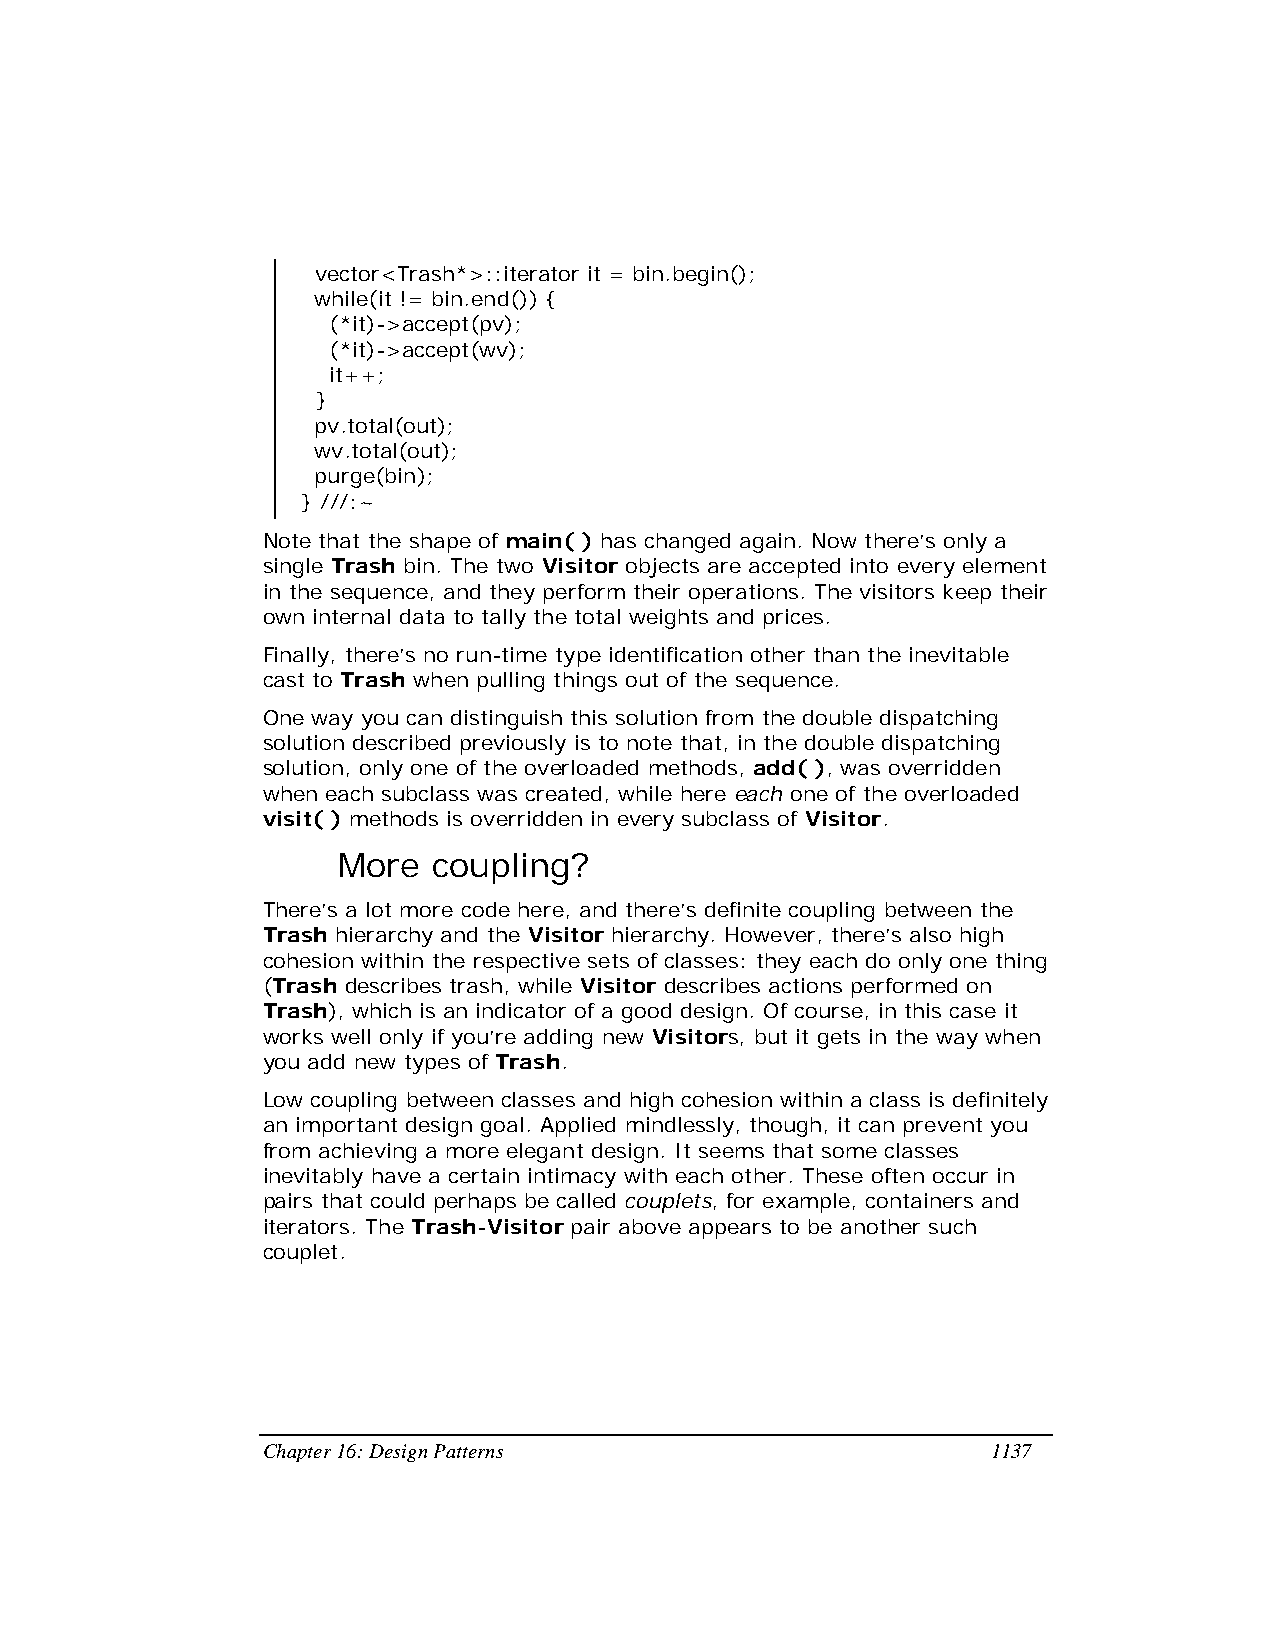
vector<Trash*>::iterator it = bin.begin();
 while(it != bin.end()) {
 (*it)->accept(pv);
 (*it)->accept(wv);
 it++;
 }
 pv.total(out);
 wv.total(out);
 purge(bin);
 } ///:~
 Note that the shape of main( ) has changed again. Now there’s only a
 single Trash bin. The two Visitor objects are accepted into every element
 in the sequence, and they perform their operations. The visitors keep their
 own internal data to tally the total weights and prices.
 Finally, there’s no run-time type identification other than the inevitable
 cast to Trash when pulling things out of the sequence.
 One way you can distinguish this solution from the double dispatching
 solution described previously is to note that, in the double dispatching
 solution, only one of the overloaded methods, add( ), was overridden
 when each subclass was created, while here each one of the overloaded
 visit( ) methods is overridden in every subclass of Visitor.
 More   coupling?
 There’s a lot more code here, and there’s definite coupling between the
 Trash hierarchy and the Visitor hierarchy. However, there’s also high
 cohesion within the respective sets of classes: they each do only one thing
 (Trash describes trash, while Visitor describes actions performed on
 Trash), which is an indicator of a good design. Of course, in this case it
 works well only if you’re adding new Visitors, but it gets in the way when
 you add new types of Trash.
 Low coupling between classes and high cohesion within a class is definitely
 an important design goal. Applied mindlessly, though, it can prevent you
 from achieving a more elegant design. It seems that some classes
 inevitably have a certain intimacy with each other. These often occur in
 pairs that could perhaps be called couplets, for example, containers and
 iterators. The Trash-Visitor pair above appears to be another such
 couplet.
 Chapter 16: Design Patterns                      1137